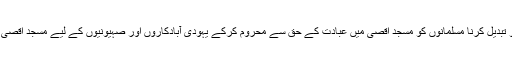
مسجد اقصیٰ کے تاریخی اسٹیٹس کو تبدیل کرنا مسلمانوں کو مسجد اقصیٰ میں عبادت کے حق سے محروم کرکے یہودی آبادکاروں اور صہیونیوں کے لیے مسجد اقصیٰ میں عبادت کی راہ ہموار کرنا ہے۔